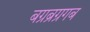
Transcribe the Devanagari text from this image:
बग्रब्रग्रगब